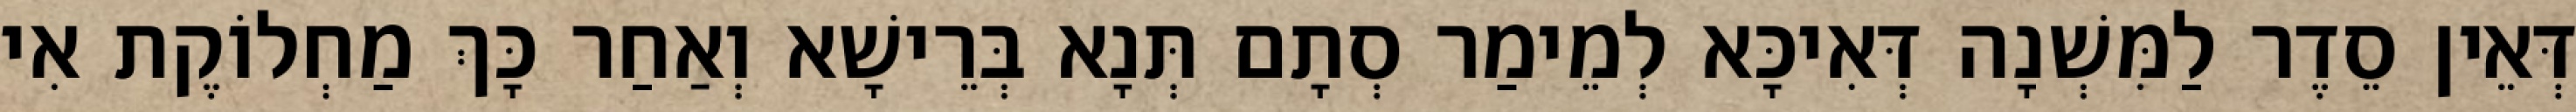
דְּאֵין סֵדֶר לַמִּשְׁנָה דְּאִיכָּא לְמֵימַר סְתָם תְּנָא בְּרֵישָׁא וְאַחַר כָּךְ מַחְלוֹקֶת אִי